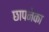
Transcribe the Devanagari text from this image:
छापनेका